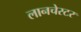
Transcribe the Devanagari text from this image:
लानचेस्टर